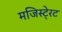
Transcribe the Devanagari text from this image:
मजिस्टे्रट